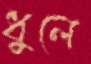
ধুলে